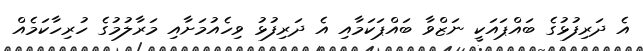
އެ ދަރިފުޅުގެ ބައްޕައަކީ ނަޒްވާ ބައްޕަކަމާއި އެ ދަރިފުޅު ވިހެއުމަށާއި މަރާލުމުގެ ހުރިހާކަމެއް